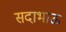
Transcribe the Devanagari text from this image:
सदाभाऊ